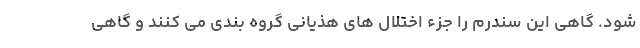
شود. گاهی این سندرم را جزء اختلال های هذیانی گروه بندی می کنند و گاهی